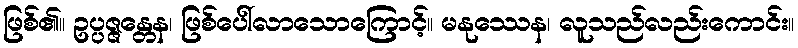
ဖြစ်၏။ ဥပ္ပဇ္ဇန္တေန၊ ဖြစ်ပေါ်လာသောကြောင့်။ မနုဿေန၊ လူသည်လည်းကောင်း။